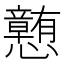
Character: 𪭂